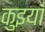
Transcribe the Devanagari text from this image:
कुइयाँ